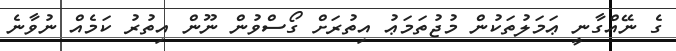
ގެ ނޭއްގާނީ ޢަމަލުތަކުން މުޖުތަމަޢު އިތުރަށް ގޯސްވުން ނޫން އިތުރު ކަމެއް ނުވާނެ